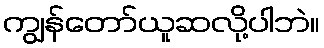
ကျွန်တော်ယူဆလို့ပါဘဲ။